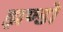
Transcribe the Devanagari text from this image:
झण्डो